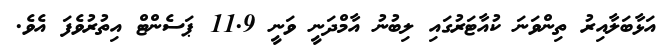
އަޅާބަލާއިރު ތިންވަނަ ކުއާޓަރުގައި ލިބުނު އާމްދަނީ ވަނީ 11.9 ޕަސެންޓް އިތުރުވެފަ އެވެ.